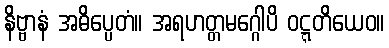
နိဗ္ဗာနံ အဓိပ္ပေတံ။ အရဟတ္တမဂ္ဂေါပိ ဝဋ္ဋတိယေဝ။